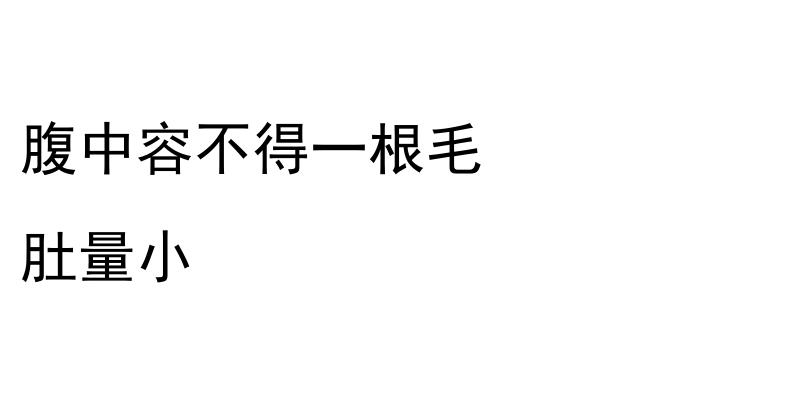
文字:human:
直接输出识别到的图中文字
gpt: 腹中容不得一根毛 肚量小